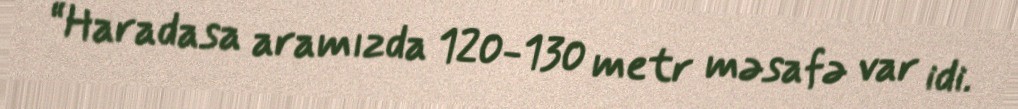
“Haradasa aramızda 120-130 metr məsafə var idi.